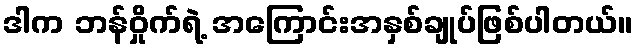
ဒါက ဘန်ဝှိုက်ရဲ့ အကြောင်းအနှစ်ချုပ်ဖြစ်ပါတယ်။